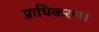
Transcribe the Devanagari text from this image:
प्राधिकरण।